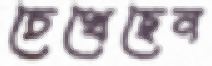
চেখেছেন